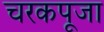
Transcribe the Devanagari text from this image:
चरकपूजा